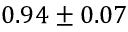
0 . 9 4 \pm 0 . 0 7